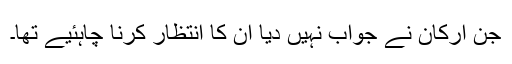
جن ارکان نے جواب نہیں دیا ان کا انتظار کرنا چاہئیے تھا۔